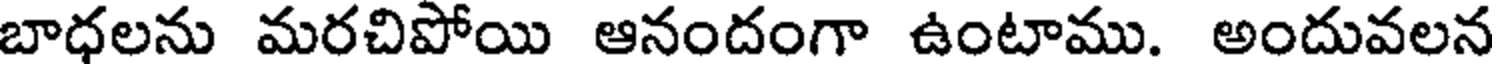
బాధలను మరచిపోయి ఆనందంగా ఉంటాము. అందువలన